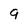
Character: 9